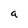
Character: a